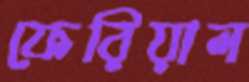
ফেরিয়াল